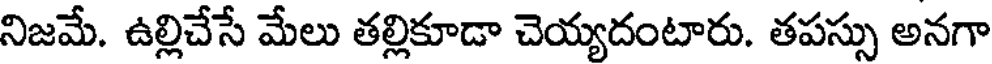
నిజమే. ఉల్లిచేసే మేలు తల్లికూడా చెయ్యదంటారు. తపస్సు అనగా